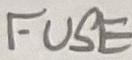
Text: FUSE